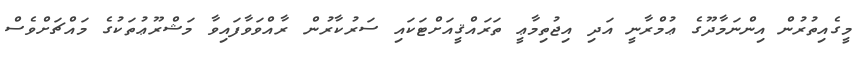
މީގެއިތުރުން އިންނަމާދޫގެ ޢުމްރާނީ އަދި އިޖުތިމާޢީ ތަރައްޤީއަށްޓަކައި ސަރުކާރުން ރާއްވަވާފައިވާ މަޝްރޫޢުތަކުގެ މައްޗަށްވެސް